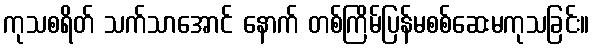
ကုသစရိတ် သက်သာအောင် နောက် တစ်ကြိမ်ပြန်မစစ်ဆေးမကုသခြင်း။